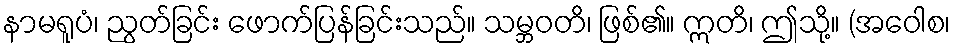
နာမရူပံ၊ ညွတ်ခြင်း ဖောက်ပြန်ခြင်းသည်။ သမ္ဘဝတိ၊ ဖြစ်၏။ ဣတိ၊ ဤသို့။ (အဝေါစ၊